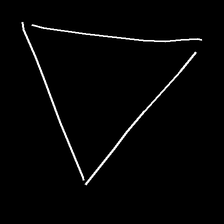
Glyph: convergence